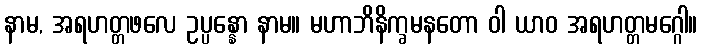
နာမ, အရဟတ္တဖလေ ဥပ္ပန္နော နာမ။ မဟာဘိနိက္ခမနတော ဝါ ယာဝ အရဟတ္တမဂ္ဂေါ။